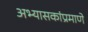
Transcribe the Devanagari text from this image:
अभ्यासकांप्रमाणे